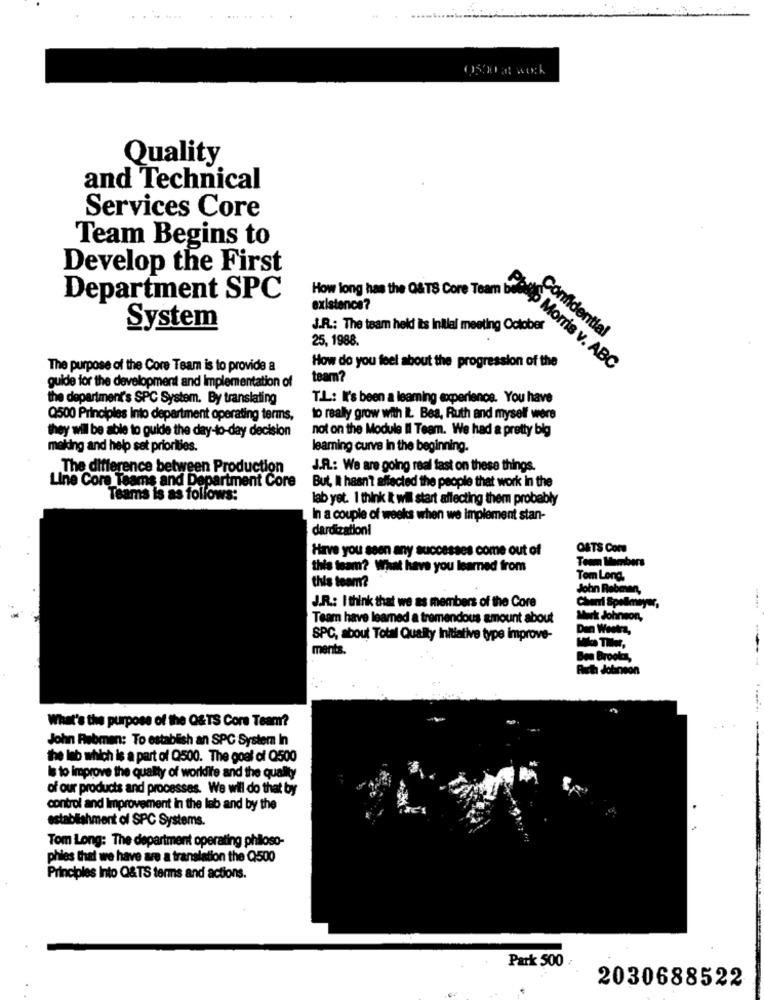
Quality
and Technical
Services Core
Team Begins to
Develop the First
How long has the O&TS Core Team
Department SPC
existence?
System
J.R .: The team held its Initial meeting October
25, 1988.
Confidential
How do you feel about the progression of the
The purpose of the Core Team is to provide a
Philip Morris v. ABC
guide for the development and Implementation of
team?
the department's SPC System. By translating
T.L .: It's been a learning experience. You have
Q500 Principles Into department operating terms,
to really grow with IL. Bea, Ruth and myself were
they wil be able to guide the day-to-day decision
not on the Module Il Team. We had a pretty big
making and help sat priorities.
learning curve in the beginning.
The difference between Production
J.R .: We are going real fast on these things.
Line Core Teams and Department Core
But, I hasn't affected the people that work in the
Teams is as follows:
lab yet. I think It wil start affecting them probably
In a couple of weeks when we implement stan-
dardizationi
Have you seen any successes come out of
ORTS Core
Team Member
this team? What have you learned from
Tom Long.
this team?
John Rabeen,
J.R .: I think that we as members of the Core
Chari Spellmayer
Team have learned a tremendous amount about
Mark Johnson
Dan Weeks,
SPC, about Total Quality Initiative type improve-
ments.
Ben Brooks,
Riet Johnson
What's the purpose of the O&TS Core Team?
John Rebmen: To establish an SPC System In
the lab which is a part of Q500. The goal of Q500
Is to improve the quality of workdife and the quality
of our products and processes. We will do that by
control and Improvement in the lab and by the
establishment of SPC Systems.
Tom Long: The department operating philoso-
phies that we have are a translation the Q500
Principles Into Q&TS terms and actions.
Park 500
2030688522